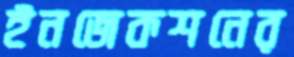
ইনজেকশনের